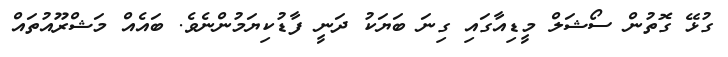
ގުޅޭ ގޮތުން ސޯޝަލް މީޑިއާގައި ގިނަ ބަޔަކު ދަނީ ފާޑުކިޔަމުންނެވެ. ބައެއް މަޝްރޫއުތައް